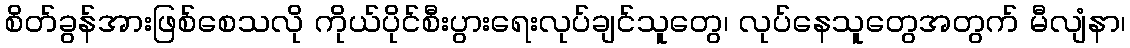
စိတ်ခွန်အားဖြစ်စေသလို ကိုယ်ပိုင်စီးပွားရေးလုပ်ချင်သူတွေ၊ လုပ်နေသူတွေအတွက် မီလျံနာ၊